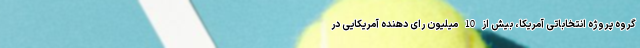
گروه پروژه انتخاباتی آمریکا، بیش از 10 میلیون رای دهنده آمریکایی در